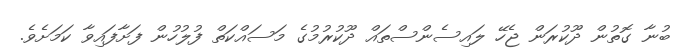
ބުނާ ގޮތުން ދޫކުރަން ޖެހޭ ލައިސެންސްތައް ދޫކުރުމުގެ މަސައްކަތް ފުލުހުން ފަށާފައިވާ ކަމަށެވެ.